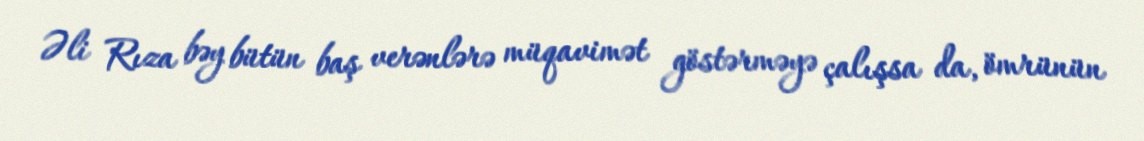
Əli Rıza bəy bütün baş verənlərə müqavimət göstərməyə çalışsa da, ömrünün